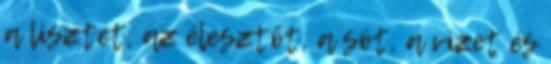
a lisztet, az élesztőt, a sót, a vizet és